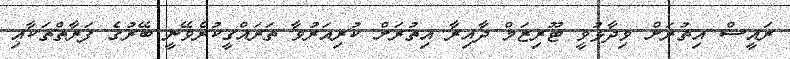
ރައީސް އިތުރަށް ވިދާޅުވީ ޓޫރިޒަމް ދާއިރާ އިތުރަށް ކުރިއަރުވާ ތަރައްގީކުރެވޭނީ ބޭރުގެ ފަރާތްތަކާއި